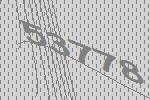
53778